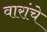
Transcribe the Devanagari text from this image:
वारांचे